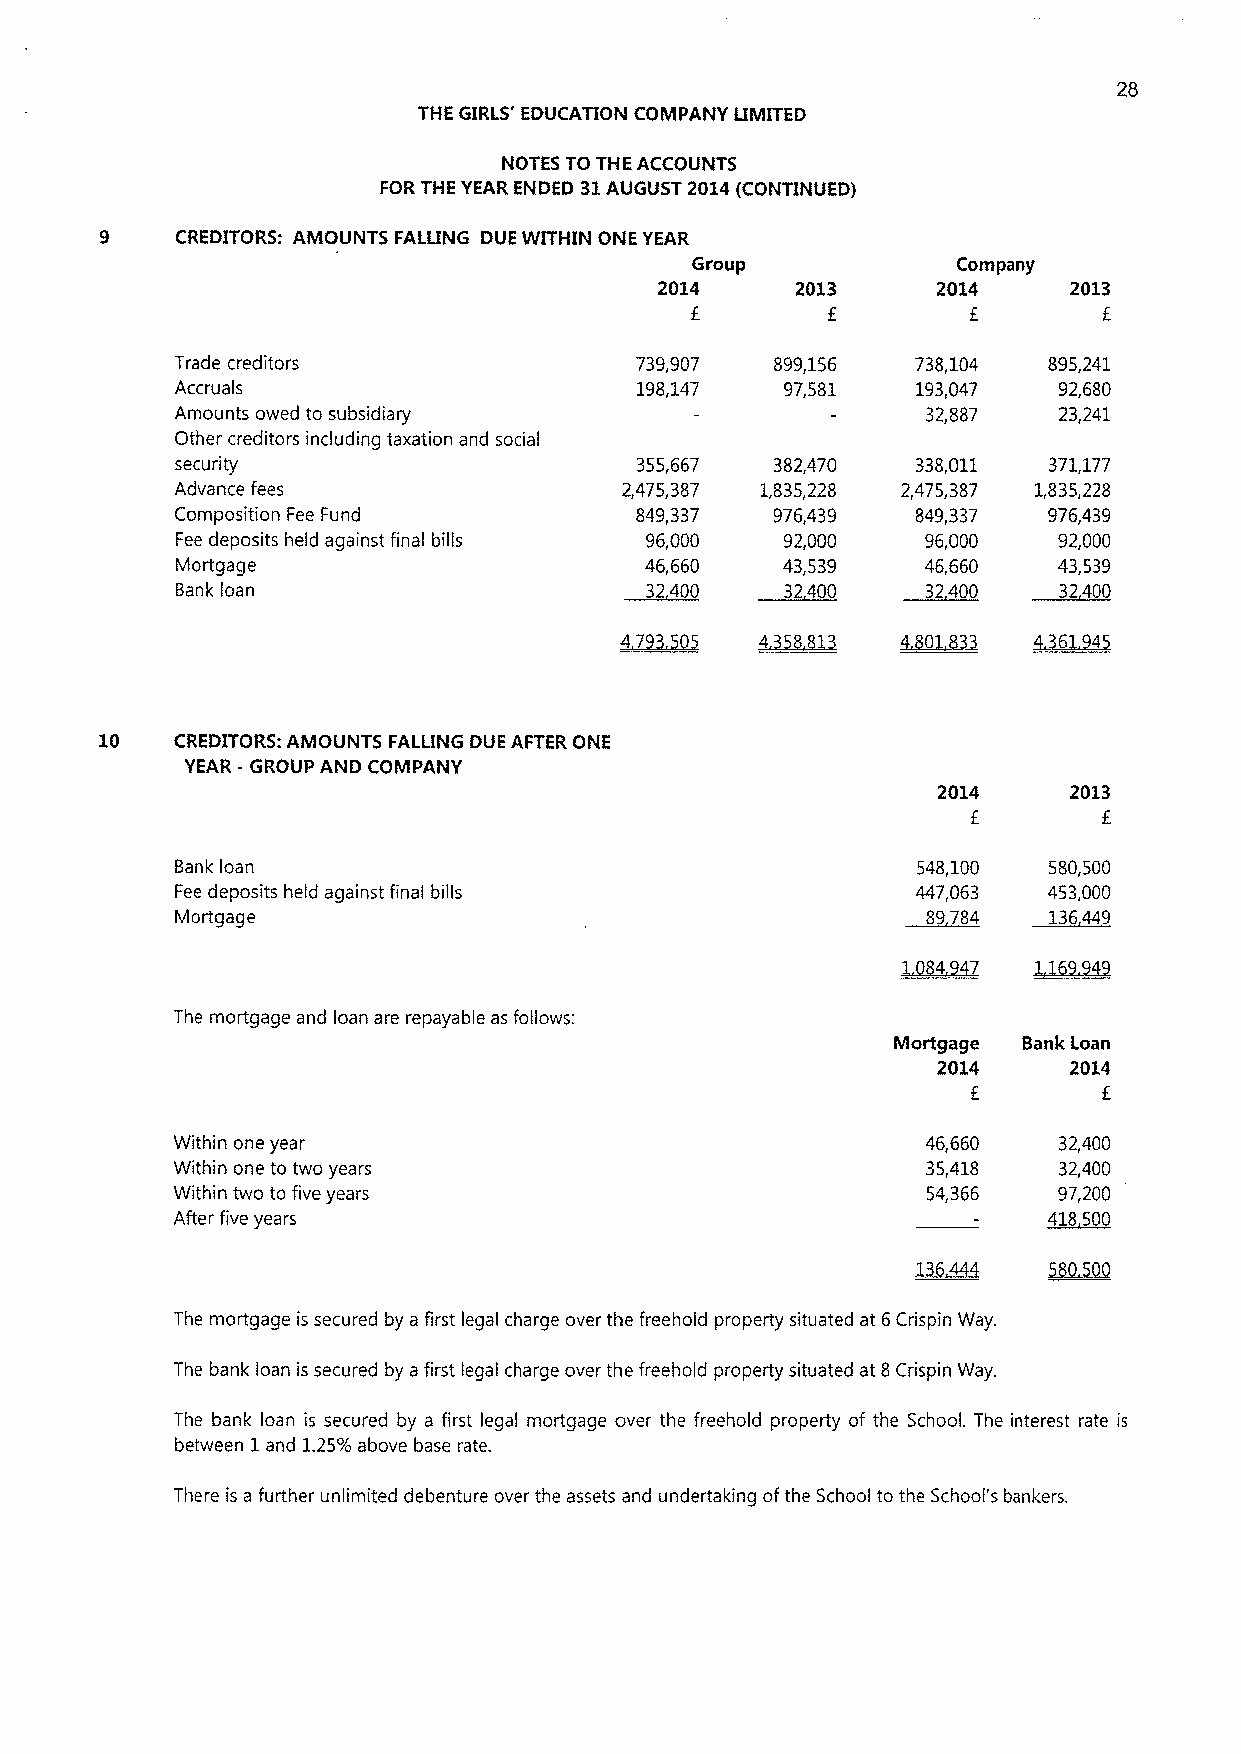
28
 THE GIRLS' EDUCATION COMPANY LIMITED
 NOTES TO THE ACCOUNTS
 FOR THE YEAR ENDED 31AUGUST 2014(CONTINUED)
 CREDITORS: AMOUNTS FALLING DUE WITHIN ONE YEAR
 Group            Company
 2014      2013     2014     2013
 f        f
 E
 Trade creditors               739,907  899,156   738,104 895,241
 Accruals                      198,147   97,581   193,047  92,680
 Amounts owed to subsidiary                       32,887   23,241
 Other creditors including taxation and social
 security                      355,667  382,470   338,011 371,177
 Advance fees                 2,475,387 1,835,228 2,475,387 1,835,228
 Composition Fee Fund          849,337  976,439   849,337 976,439
 Fee deposits held against final bills 96,000 92,000 96,000 92,000
 Mortgage                       46,660   43,539   46,660   43,539
 Bank loan                      32400    32400    32400    32400
 10   CREDITORS: AMOUNTS FALLING DUE AFTER ONE
 YEAR - GROUP AND COMPANY
 2014     2013
 f        f
 Bank loan                                        548,100 580,500
 Fee deposits held against final bills            447,063 453,000
 Mortgage                                         89784   136449
 1M4247  L169349
 The mortgage and loan are repayable as follows:
 Mortgage Bank Loan
 2014     2014
 f        f
 Within one year                                   46,660   32,400
 Within one to two years                           35,418   32,400
 Within two to five years                          54,366   97,200
 After five years                                          418600
 m
 136.
 The mortgage is secured by a first legal charge over the freehold property situated at 6Crispin Way.
 The bank loan is secured by a first legal charge over the freehold property situated at 8Crispin Way.
 The bank loan is secured by a first legal mortgage over the freehold property of the School. The interest rate is
 between 1and 1.25%above base rate.
 There is a further unlimited debenture over the assets and undertaking ofthe School to the School's bankers.